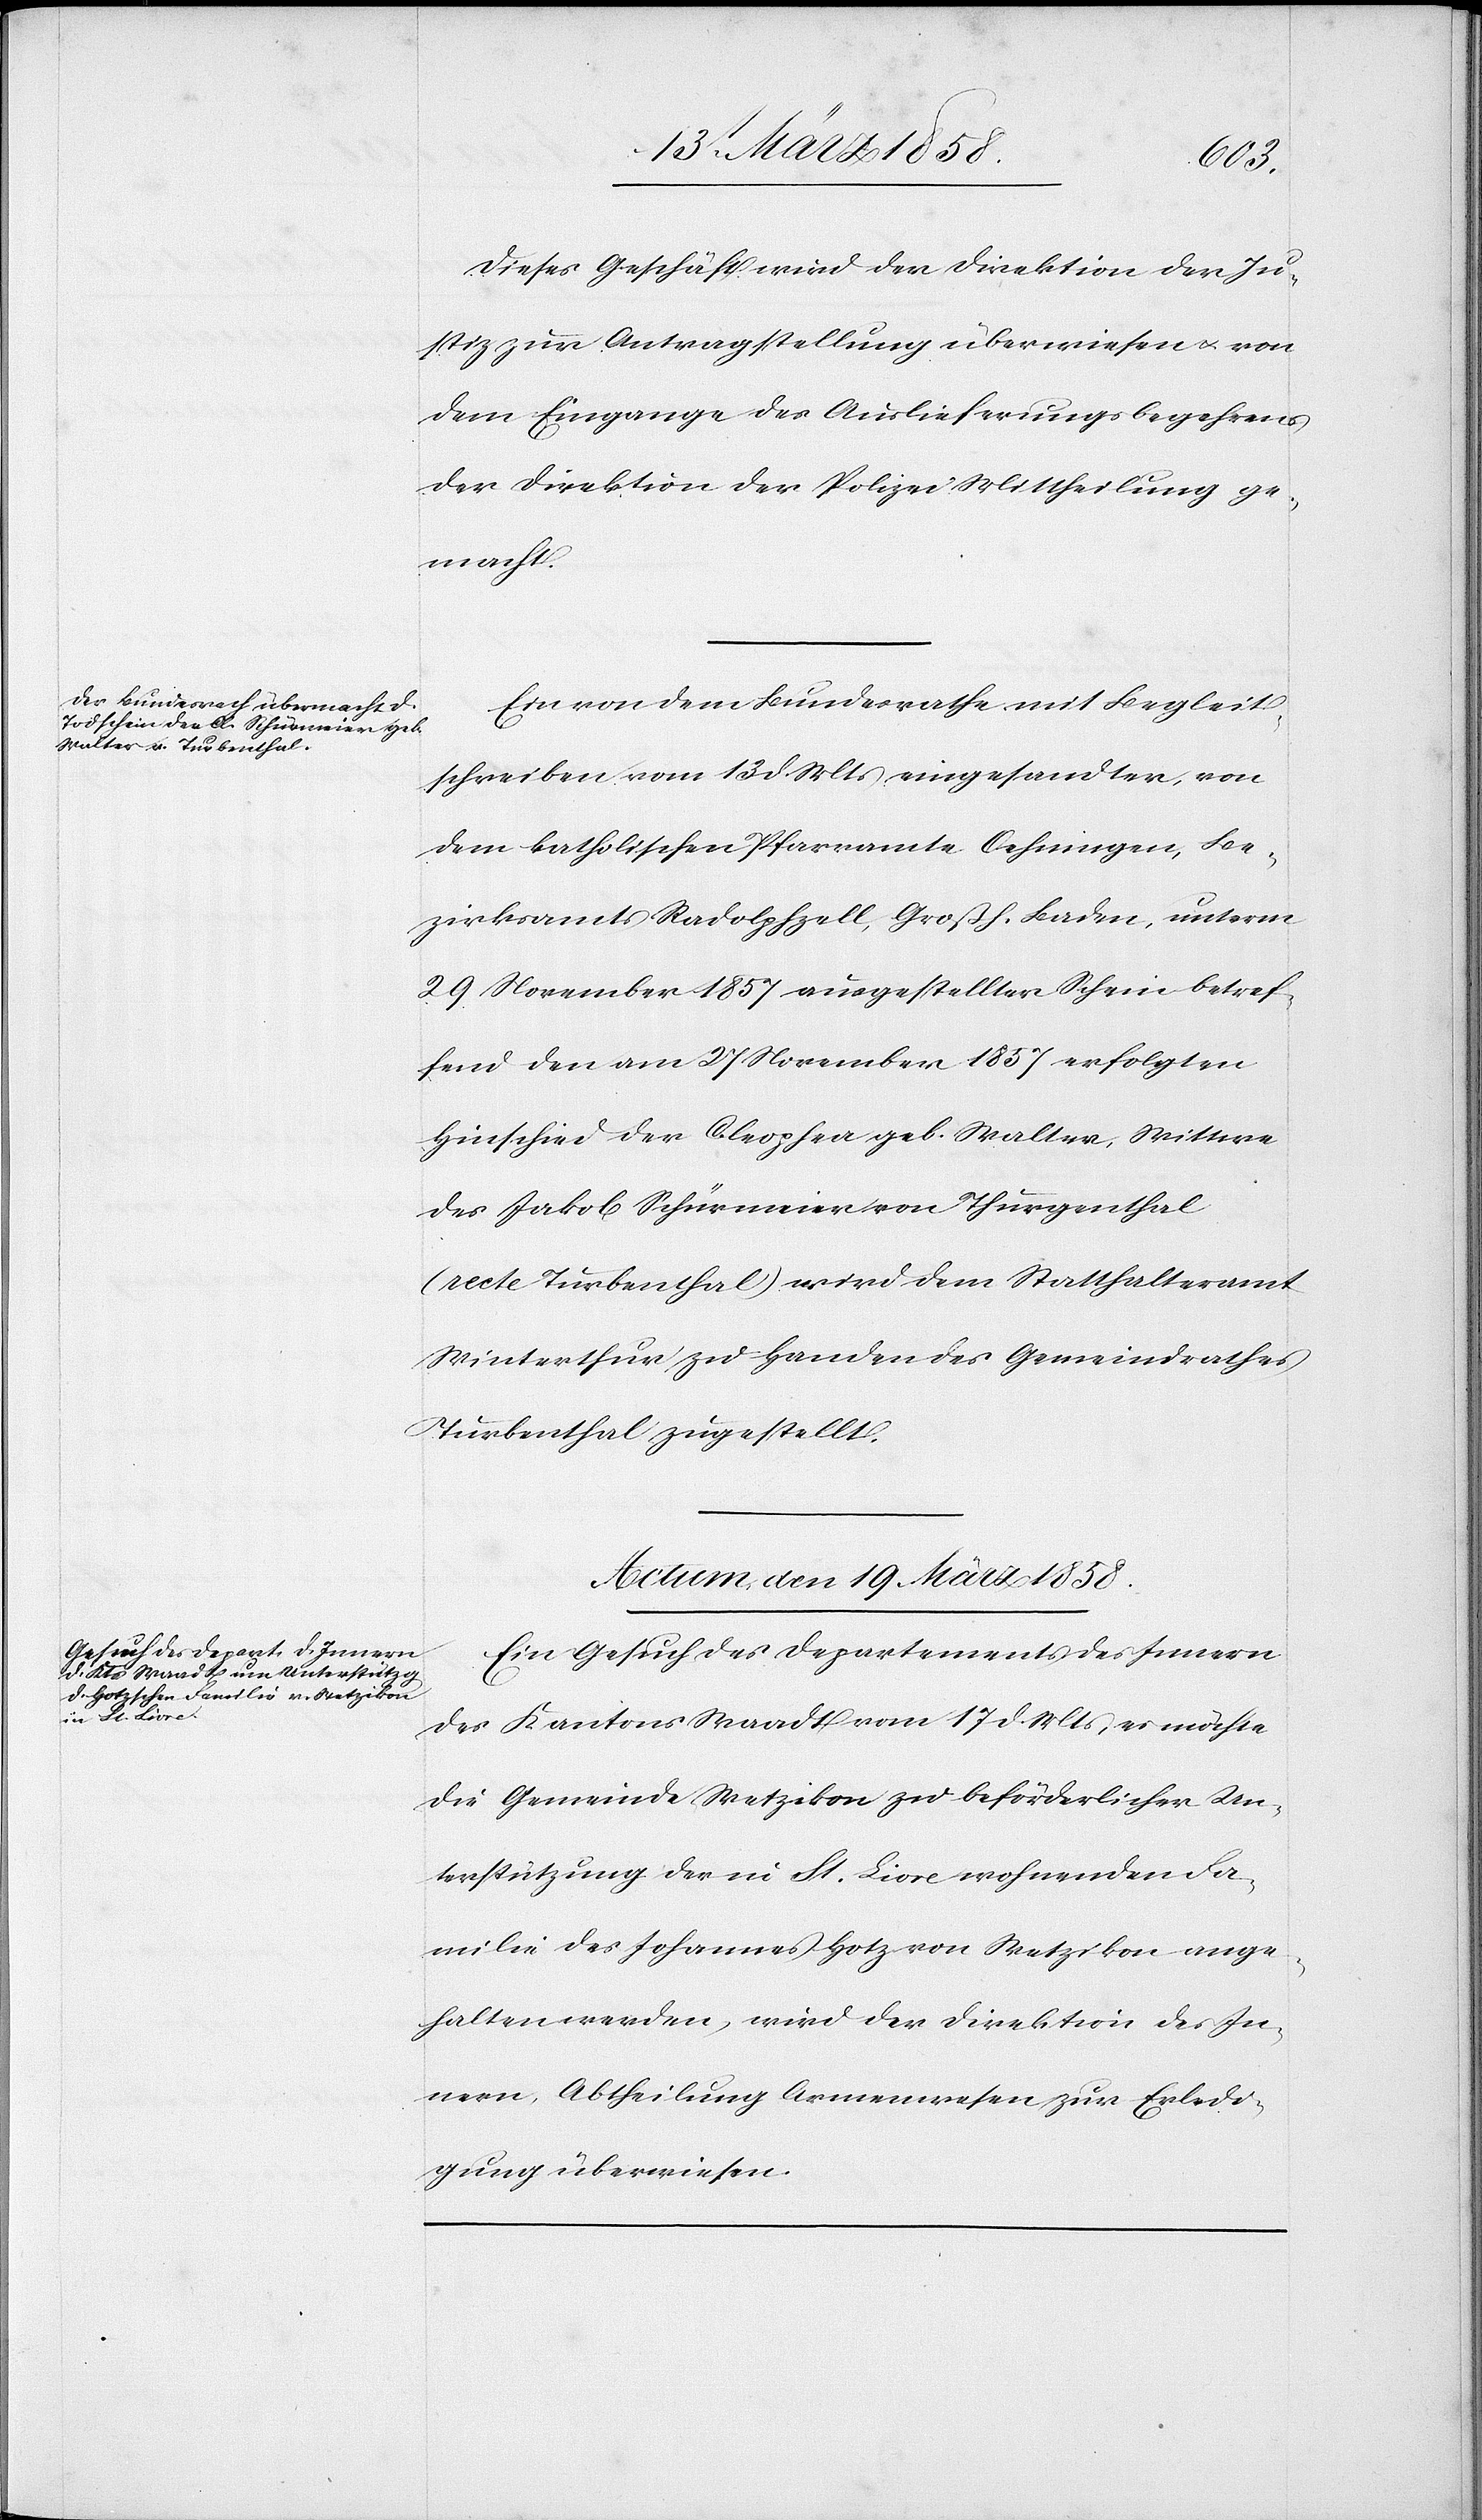
Dieses Geschäft wird der Direktion der Ju¬
stiz zur Antragstellung überwiesen u. von
dem Eingange des Auslieferungsbegehrens
der Direktion der Polizei Mittheilung ge¬
macht.
Ein von dem Bundesrathe mit Begleit¬
schreiben vom 13. d. Mts. eingesandter, von
dem katholischen Pfarramte Oehningen, Be¬
zirksamt Radolpfzell [sic!], Großh. Baden, unterm
29. November 1857 ausgestellter Schein betref¬
fend den am 27. November 1857 erfolgten
Hinschied der Cleophea geb. Walter, Wittwe
des Jakob Schürmeier von Thurgenthal
(recte Turbenthal) wird dem Statthalteramt
Winterthur zu Handen des Gemeindrathes
Turbenthal zugestellt.
Actum den 19. März 1858.
Ein Gesuch des Departements des Innern
des Kantons Waadt vom 17. d. Mts., es möchte
die Gemeinde Wetzikon zu beförderlichen Un¬
terstützung der in St. Liore wohnenden Fa¬
milie des Johannes Hotz von Wetzikon ange¬
halten werden, wird der Direktion des In¬
nern, Abtheilung Armenwesen zur Erledi¬
gung überwiesen.